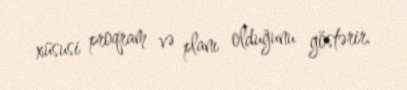
xüsusi proqram və planı olduğunu göstərir.